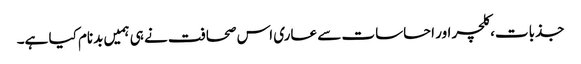
جذبات، کلچر اور احساسات سے عاری اس صحافت نے ہی ہمیں بدنام کیا ہے۔